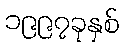
၁၉၉၇ခုနှစ်